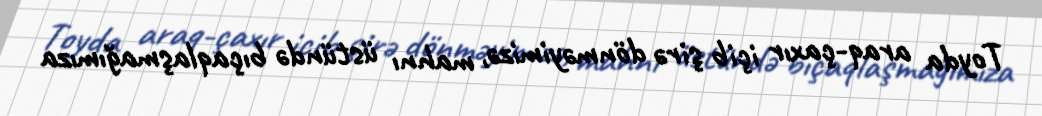
Toyda araq-çaxır içib şirə dönməyimizə, mahnı üstündə bıçaqlaşmağımıza